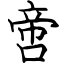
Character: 啻